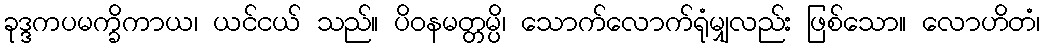
ခုဒ္ဒကပမက္ခိကာယ၊ ယင်ငယ် သည်။ ပိဝနမတ္တမ္ပိ၊ သောက်လောက်ရုံမျှလည်း ဖြစ်သော။ လောဟိတံ၊